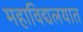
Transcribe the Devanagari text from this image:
महाविद्यलयात